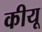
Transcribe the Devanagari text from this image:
कीयू